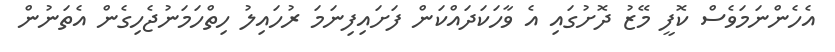
އެހެންނަމަވެސް ކޮފީ މޭޒު ދޮށުގައި އެ ވާހަކަދައްކަން ފަށައިފިނަމަ ރުހައިލު ހިތްހަމަނުޖެހިގެން އެތަނުން